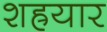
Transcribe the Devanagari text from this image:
शह्रयार